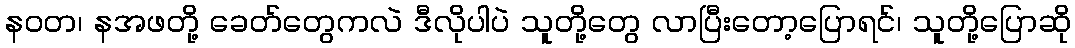
နဝတ၊ နအဖတို့ ခေတ်တွေကလဲ ဒီလိုပါပဲ သူတို့တွေ လာပြီးတော့ပြောရင်၊ သူတို့ပြောဆို